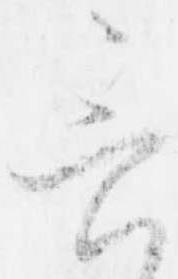
言